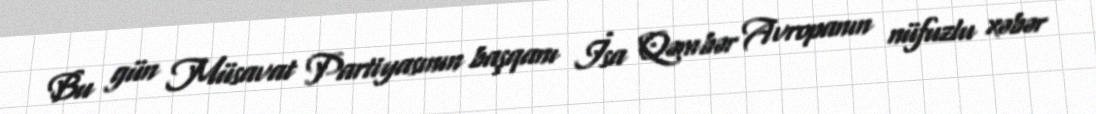
Bu gün Müsavat Partiyasının başqanı İsa Qəmbər Avropanın nüfuzlu xəbər